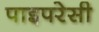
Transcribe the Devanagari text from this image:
पाइपरेसी